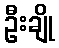
ဦးချို